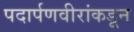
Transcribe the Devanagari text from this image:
पदार्पणवीरांकडून